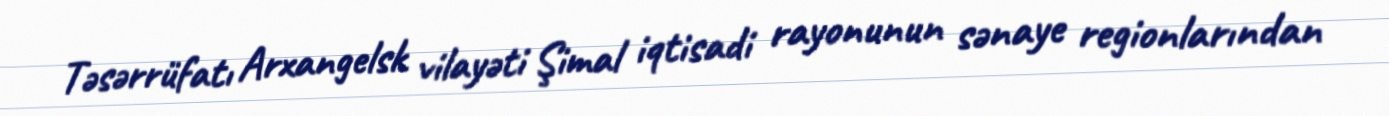
Təsərrüfatı Arxangelsk vilayəti Şimal iqtisadi rayonunun sənaye regionlarından